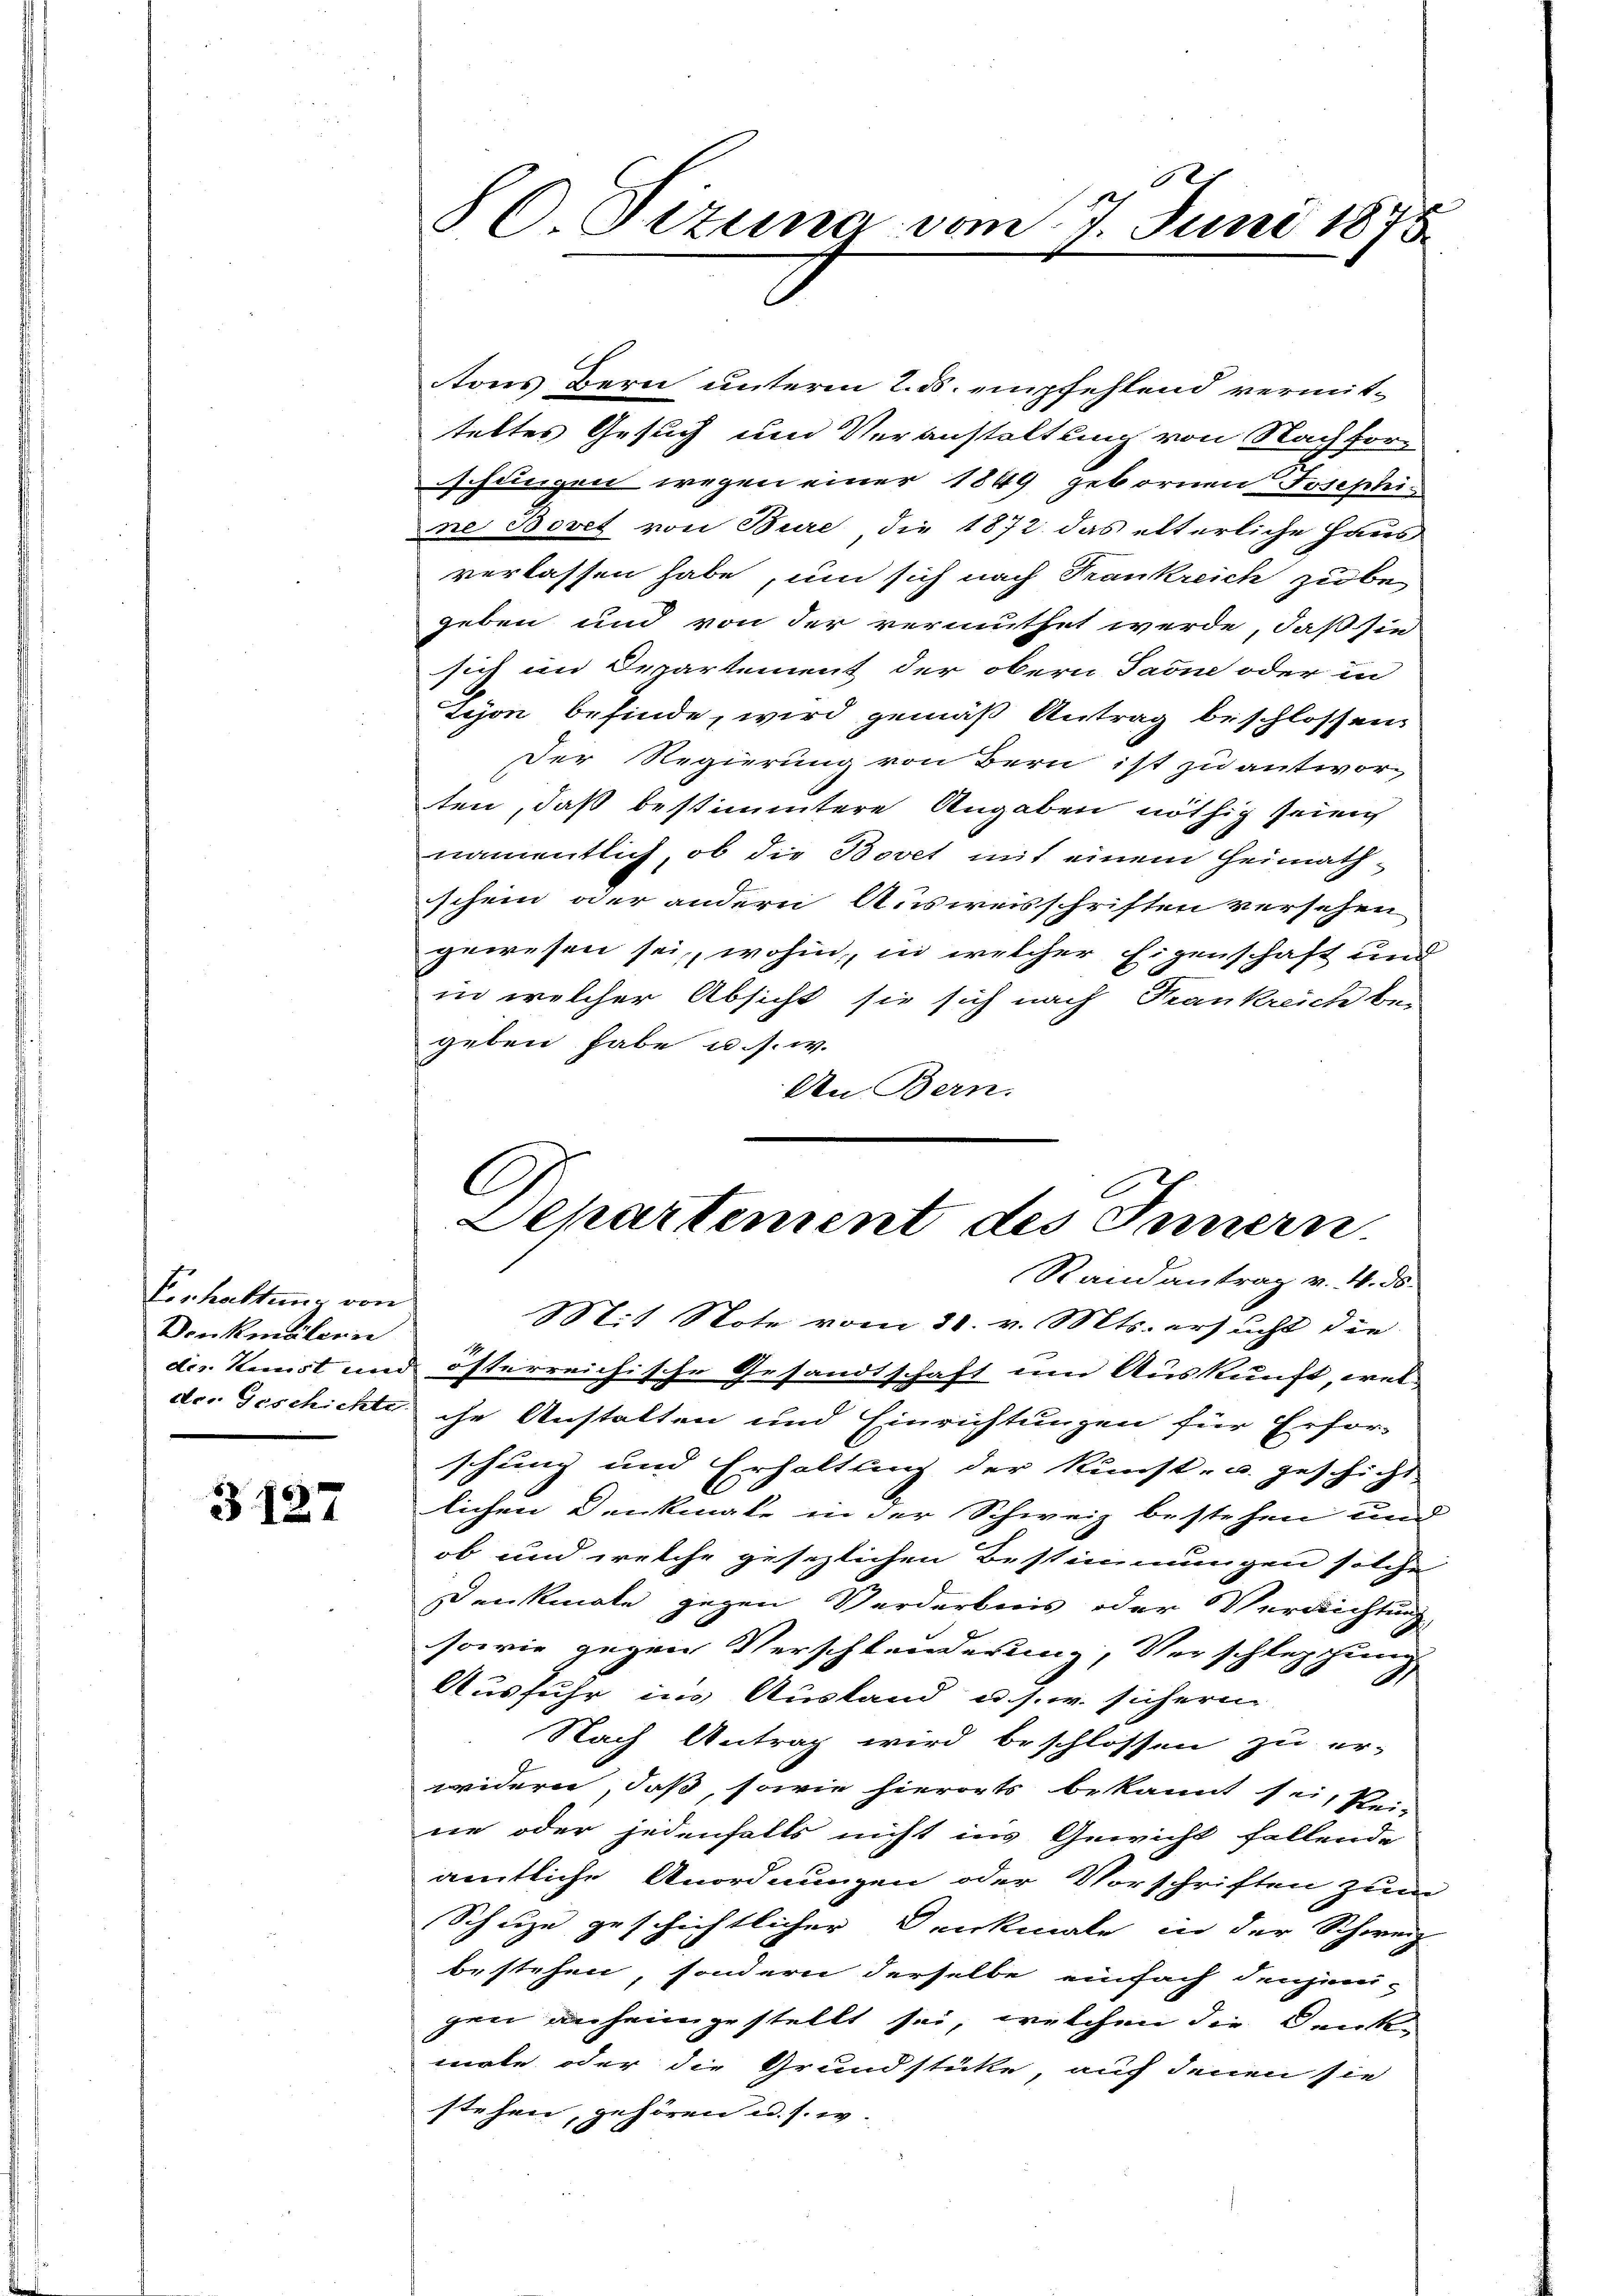
Einhaltung von
Denkmälern

3127

tons Bern unterm 2. ds. empfehlend vermitteltes Gesuch um Veranstaltung von Nachfors
schungen wegen einer 1849 gebornen Josephine Bovet von Bure, die 1872 das elterliche Haus
verlassen habe, um sich nach Frankreich zu be-
geben und von der vermuthet werde, daß sie
sich im Departement der obern Jaone oder in
Zejon befinde, wird gemäß Antrag beschlossen,
Der Regierung von Bern ist zu antworten, daß bestimmtere Angaben nöthig seinen
namentlich, ob die Bovet mit einem Heimathschein oder andern Ausweisschriften versehen
gewesen sei, wohin, in welcher Eigenschaft und
in welcher Absicht sie sich nach Frankreich be-
geben habe u. s. w.
An Bern.
C

80. Sizung vom 7. Juni 1873

Departement des Innern

Randantrag v. 4. ds
Mit Note vom 30. v. Mts. ersucht die
der. Kunst und österreichische Gesandtschaft um Auskunft, weldr. Geschichte ihr Anstalten und Einrichtungen für Erfor-
schung und Erhaltung der Kunst- u. geschicht
lichen Denkmale in der Schweiz bestehen und
ob und welche gesezlichen Bestimmungen solche
Denkmale gegen Verdarbnis oder Verrichtung
sowie gegen Verschlanderung, Vorschleschung
Ausfuhr ins Ausland u. s. w. sicheren
Nach Antrag wird beschlossen zu er-
widern, daß, sowie hierorts bekannt sei, kein
ne oder jedenfalls nicht ins Gewicht fallende
amtliche Anordnungen oder Vorschriften zum
Schuze geschichtlicher Denkmale in der Schweiz
bestehen, sondern derselbe einfach denjeni-
gen anheimgestellt sei, welchen die Denk-
male oder die Grundstücke, auf denen sie
stehen, gehören u. s. w.